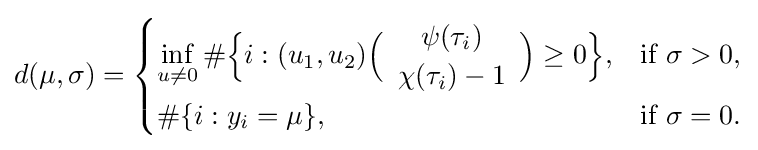
d(\mu ,\sigma )={\begin{cases}\displaystyle \inf _{u\neq 0}\#{\Bigl \{}i:(u_{1},u_{2}){\Bigl (}{\begin{array}{c}\psi (\tau _{i})\\\chi (\tau _{i})-1\end{array}}{\Bigr )}\geq 0{\Bigr \}},&{\text{if }}\sigma >0,\\[1.5ex]\#\{i:y_{i}=\mu \},&{\text{if }}\sigma =0.\end{cases}}